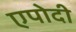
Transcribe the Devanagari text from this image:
एपोदी